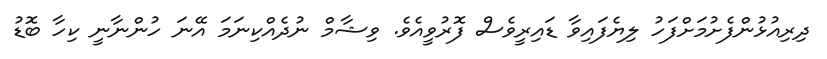
ދިރިއުޅުންފެށުމަށްފަހު ލިޔެފައިވާ ޑައިރީވެސް ފޮރުވީއެވެ. ވިޝާމް ނުދެއްކިނަމަ އޭނަ ހުންނާނީ ކިހާ ބޮޑު